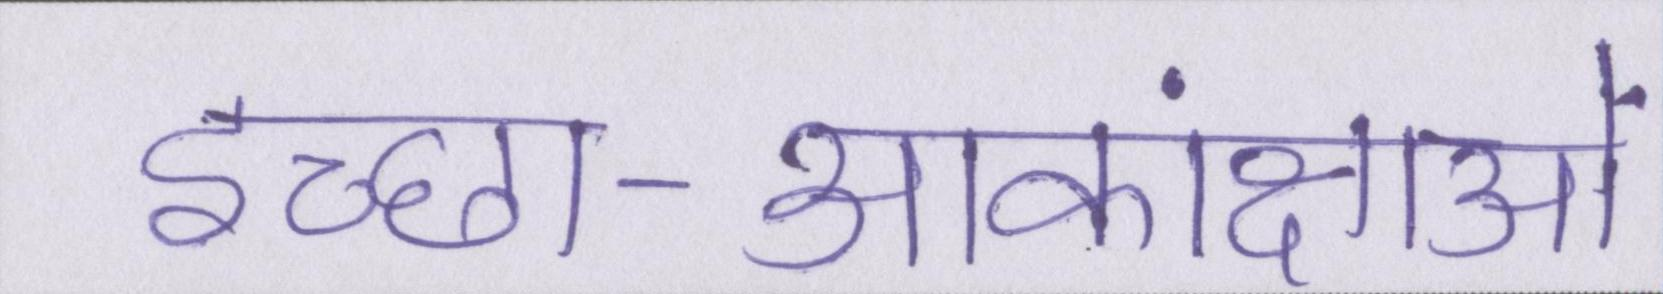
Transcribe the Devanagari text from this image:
इच्छा-आकांक्षाओं